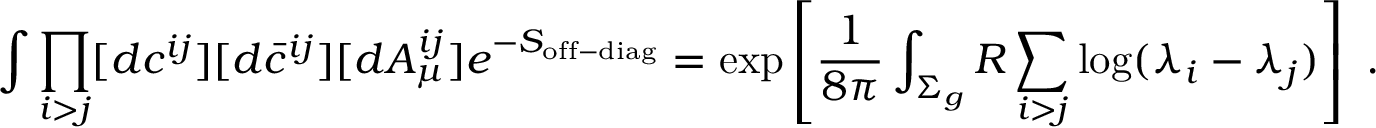
\int \prod _ { i > j } [ d c ^ { i j } ] [ d \bar { c } ^ { i j } ] [ d A _ { \mu } ^ { i j } ] e ^ { - S _ { \mathrm { o f f - d i a g } } } = \exp \left[ { \frac { 1 } { 8 \pi } } \int _ { \Sigma _ { g } } R \sum _ { i > j } \log ( \lambda _ { i } - \lambda _ { j } ) \right] ~ .